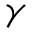
\boldsymbol { \gamma }